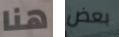
هنا بعض